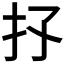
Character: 𢩴